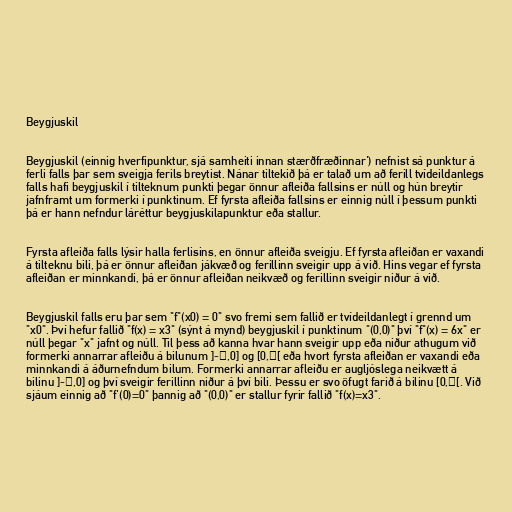
Beygjuskil

Beygjuskil (einnig hverfipunktur, sjá samheiti innan stærðfræðinnar') nefnist sá punktur á
ferli falls þar sem sveigja ferils breytist. Nánar tiltekið þá er talað um að ferill tvídeildanlegs
falls hafi beygjuskil í tilteknum punkti þegar önnur afleiða fallsins er núll og hún breytir
jafnframt um formerki í punktinum. Ef fyrsta afleiða fallsins er einnig núll í þessum punkti
þá er hann nefndur láréttur beygjuskilapunktur eða stallur.

Fyrsta afleiða falls lýsir halla ferlisins, en önnur afleiða sveigju. Ef fyrsta afleiðan er vaxandi
á tilteknu bili, þá er önnur afleiðan jákvæð og ferillinn sveigir upp á við. Hins vegar ef fyrsta
afleiðan er minnkandi, þá er önnur afleiðan neikvæð og ferillinn sveigir niður á við.

Beygjuskil falls eru þar sem "f"(x0) = 0" svo fremi sem fallið er tvídeildanlegt í grennd um
"x0". Því hefur fallið "f(x) = x3" (sýnt á mynd) beygjuskil í punktinum "(0,0)" því "f"(x) = 6x" er
núll þegar "x" jafnt og núll. Til þess að kanna hvar hann sveigir upp eða niður athugum við
formerki annarrar afleiðu á bilunum ]-∞,0] og [0,∞[ eða hvort fyrsta afleiðan er vaxandi eða
minnkandi á áðurnefndum bilum. Formerki annarrar afleiðu er augljóslega neikvætt á
bilinu ]-∞,0] og því sveigir ferillinn niður á því bili. Þessu er svo öfugt farið á bilinu [0,∞[. Við
sjáum einnig að "f'(0)=0" þannig að "(0,0)" er stallur fyrir fallið "f(x)=x3".